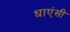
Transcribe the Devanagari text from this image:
धाएंसी